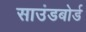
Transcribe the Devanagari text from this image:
साउंडबोर्ड